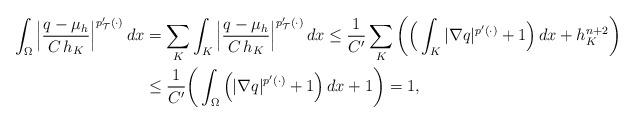
LaTeX: \begin{align*} \int_\Omega \Big|\frac{q-\mu_h}{C\,h_K}\Big|^{p_{\mathcal T}'(\cdot)}\,dx&=\sum_K \int_K \Big|\frac{q-\mu_h}{C\,h_K}\Big|^{p_\mathcal T'(\cdot)}\,dx\leq \frac{1}{C'}\sum_K\bigg( \Big(\int_K |\nabla q|^{p'(\cdot)}+1\Big)\,dx+h_K^{n+2}\bigg) \\ &\leq \frac{1}{C'}\bigg(\int_\Omega \Big(|\nabla q|^{p'(\cdot)}+1\Big)\,dx+1\bigg)=1,\end{align*}